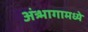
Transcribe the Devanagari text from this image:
अंत्र्भागामध्ये